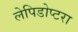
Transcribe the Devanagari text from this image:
लेपिडोप्टरा